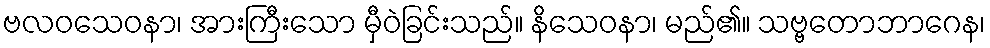
ဗလဝသေဝနာ၊ အားကြီးသော မှီဝဲခြင်းသည်။ နိသေဝနာ၊ မည်၏။ သဗ္ဗတောဘာဂေန၊